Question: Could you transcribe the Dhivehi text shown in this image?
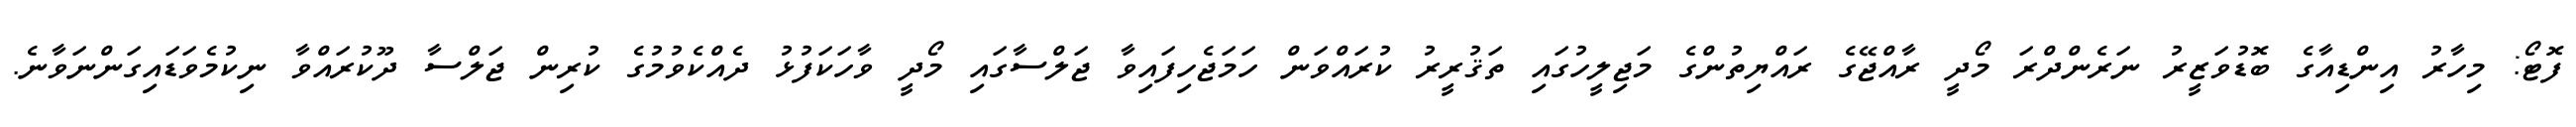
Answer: ފޮޓޯ: މިހާރު އިންޑިއާގެ ބޮޑުވަޒީރު ނަރެންދްރަ މޯދީ ރާއްޖޭގެ ރައްޔިތުންގެ މަޖިލީހުގައި ތަޤުރީރު ކުރައްވަން ހަމަޖެހިފައިވާ ޖަލްސާގައި މޯދީ ވާހަކަފުޅު ދެއްކެވުމުގެ ކުރިން ޖަލްސާ ދޫކުރައްވާ ނިކުމެވަޑައިގަންނަވާނެ.